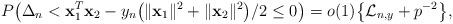
LaTeX: \begin{align*}P \bigl( \Delta_n < \mathbf{x}_1^T\mathbf{x}_2 - y_n \bigl(\| \mathbf {x}_1\|^2+\| \mathbf{x}_2\|^2\bigr)/2 \leq0 \bigr) =o(1) \bigl\{\mathcal{L}_{n,y}+p^{-2} \bigr\},\end{align*}